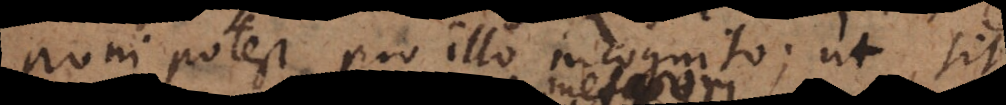
potest pro illo incognito; ut sit